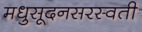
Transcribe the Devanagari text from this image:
मधुसूदनसरस्वती